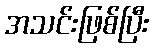
အသင်းဖြစ်ပြီး